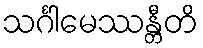
သင်္ဂါမေဿန္တီတိ